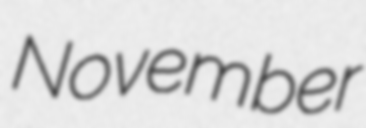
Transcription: November